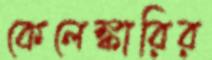
কেলেঙ্কারির